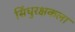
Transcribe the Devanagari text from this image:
सिंधुरक्षकला